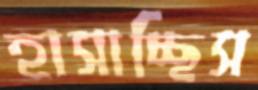
হাসাচ্ছিস